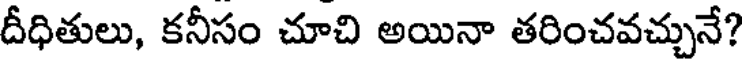
దీధితులు, కనీసం చూచి అయినా తరించవచ్చునే?